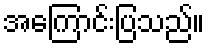
အကြောင်းပြသည်။